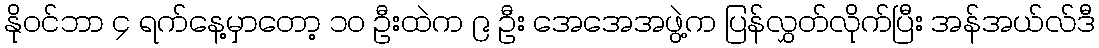
နိုဝင်ဘာ ၄ ရက်နေ့မှာတော့ ၁၀ ဦးထဲက ၉ ဦး အေအေအဖွဲ့က ပြန်လွှတ်လိုက်ပြီး အန်အယ်လ်ဒီ